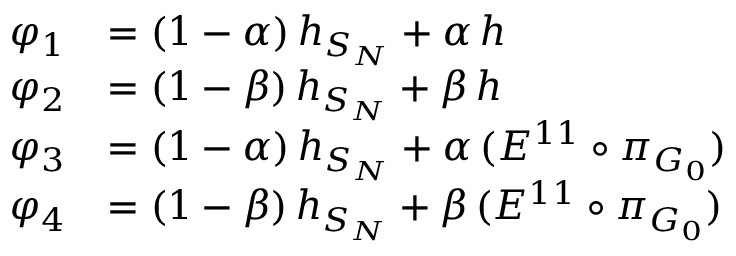
\begin{array} { r l } { \varphi _ { 1 } } & { = ( 1 - \alpha ) \, h _ { S _ { N } } + \alpha \, h } \\ { \varphi _ { 2 } } & { = ( 1 - \beta ) \, h _ { S _ { N } } + \beta \, h } \\ { \varphi _ { 3 } } & { = ( 1 - \alpha ) \, h _ { S _ { N } } + \alpha \, ( E ^ { 1 1 } \circ \pi _ { G _ { 0 } } ) } \\ { \varphi _ { 4 } } & { = ( 1 - \beta ) \, h _ { S _ { N } } + \beta \, ( E ^ { 1 1 } \circ \pi _ { G _ { 0 } } ) } \end{array}